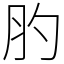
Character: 肑